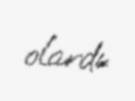
olardı.